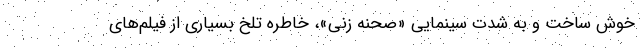
خوش ساخت و به شدت سینمایی «صحنه زنی»، خاطره تلخ بسیاری از فیلم‌های